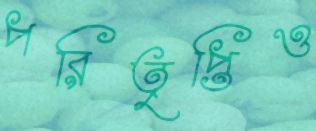
পরিতৃপ্তিও